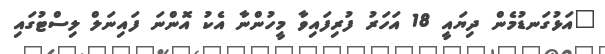
"އަޅުގަނޑުމެން ދިޔައީ 18 އަހަރު ފުރިފައިވާ މީހުންނާ އެކު އޮންނަ ފައިނަލް ލިސްޓުގައި